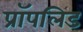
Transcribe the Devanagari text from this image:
प्रॉपलिड